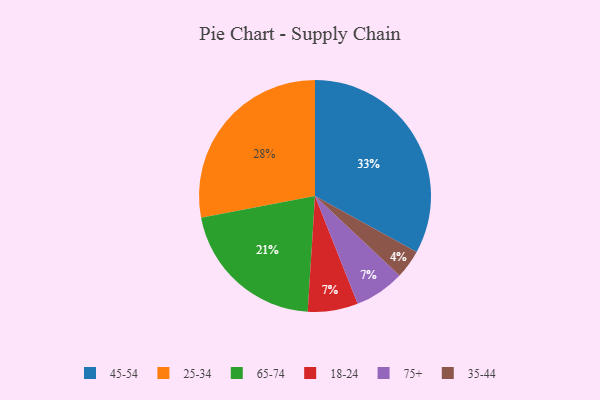
{"axis": {"x": "Category", "y": "Percentage"}, "legend": ["18-24", "25-34", "35-44", "45-54", "65-74", "75+"], "data": [{"x": "18-24", "y": 7, "type": "18-24"}, {"x": "45-54", "y": 33, "type": "45-54"}, {"x": "25-34", "y": 28, "type": "25-34"}, {"x": "35-44", "y": 4, "type": "35-44"}, {"x": "65-74", "y": 21, "type": "65-74"}, {"x": "75+", "y": 7, "type": "75+"}]}